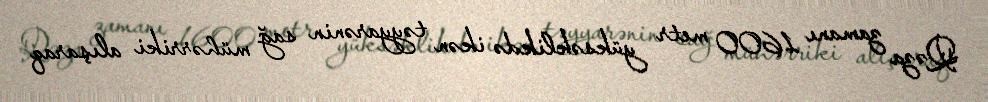
Qəza zamanı 1600 metr yüksəklikdə ikən təyyarənin sağ mühərriki alışaraq